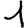
Digit: 1